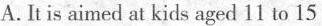
A. It is aimed at kids aged 11 to 15